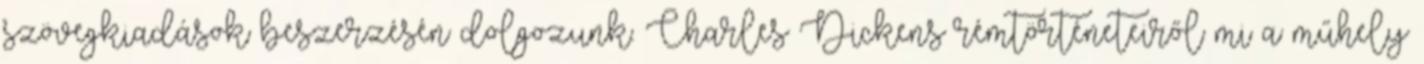
szövegkiadások beszerzésén dolgozunk. Charles Dickens rémtörténeteiről mi a műhely